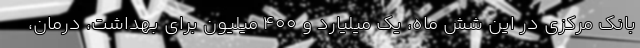
بانک مرکزی در این شش ماه، یک میلیارد و 400 میلیون برای بهداشت، درمان،